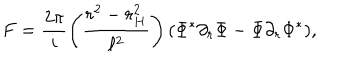
F = \frac { 2 \pi } { i } \left( \frac { r ^ { 2 } - r _ { H } ^ { 2 } } { \ell ^ { 2 } } \right) ( \Phi ^ { * } \partial _ { r } \Phi - \Phi \partial _ { r } \Phi ^ { * } ) ,